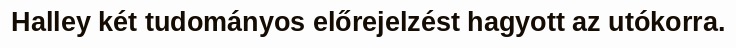
Halley két tudományos előrejelzést hagyott az utókorra.